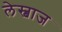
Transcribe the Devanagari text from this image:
लेस्बाज